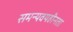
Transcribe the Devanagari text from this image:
समन्यवयहीनता